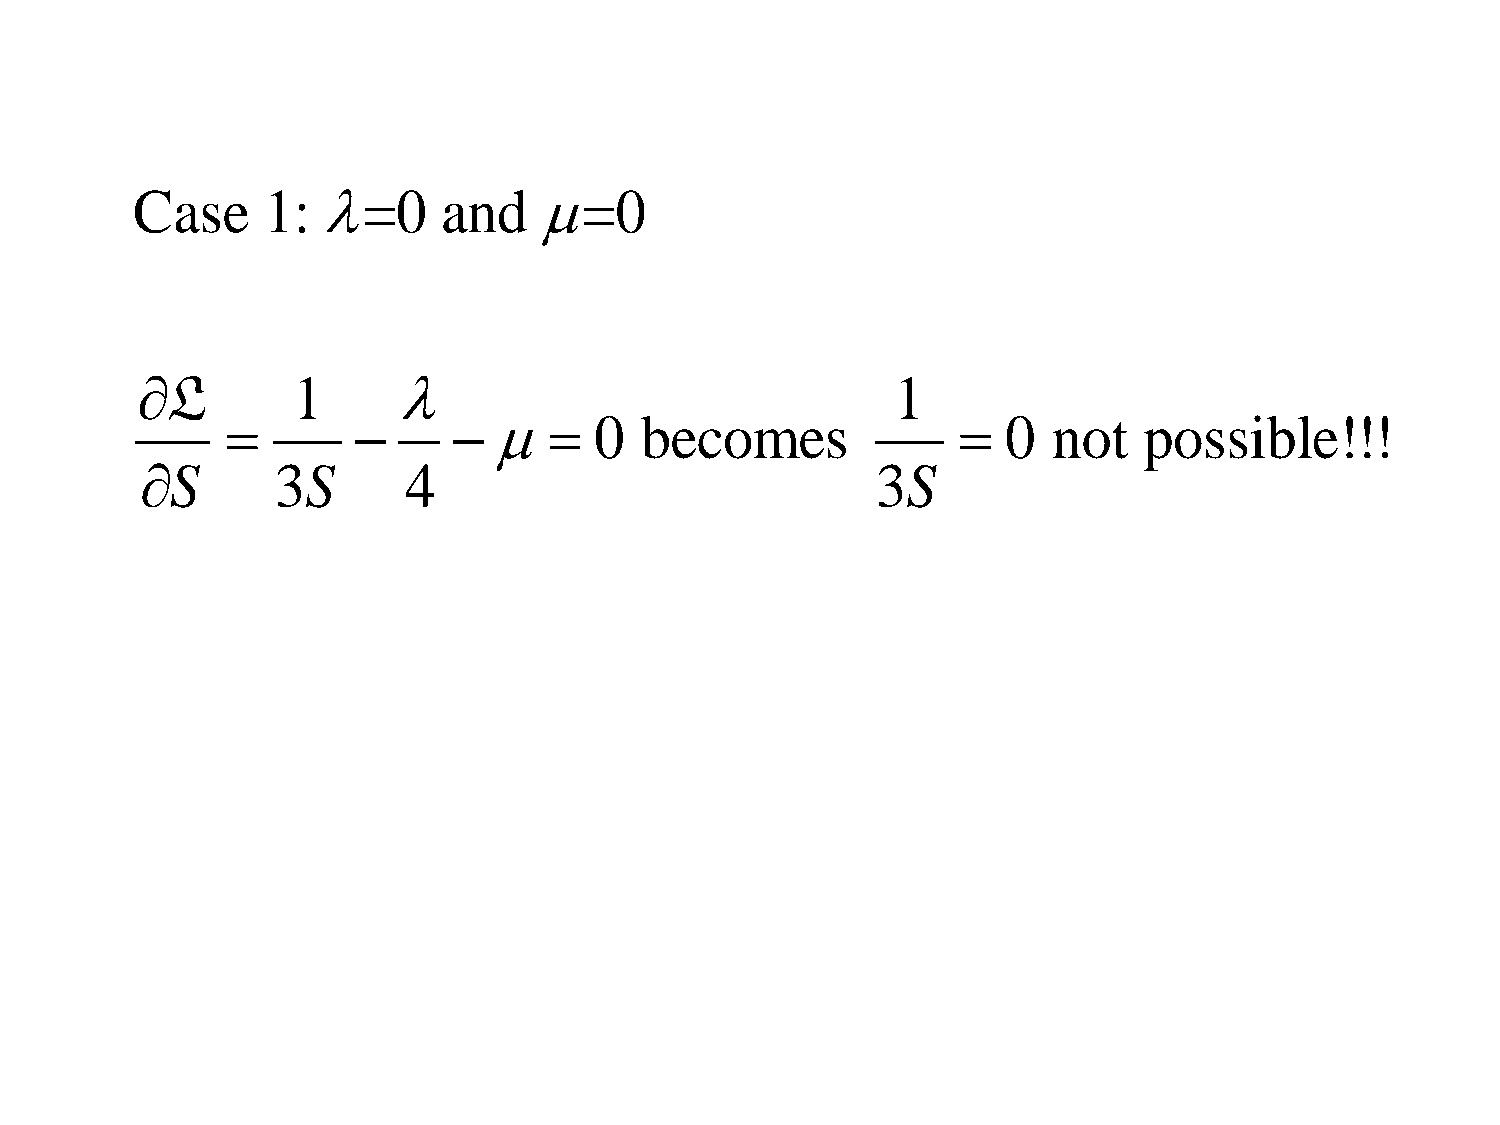
Case    1:  =0     and    =0
 L        1                                      1
                    0  becomes                 0  not   possible!!!
 S       3S       4                              3S